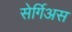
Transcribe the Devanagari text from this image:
सेर्गिअस